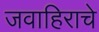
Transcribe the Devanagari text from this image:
जवाहिराचे